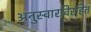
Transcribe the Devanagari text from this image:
अनुस्वारविरहित